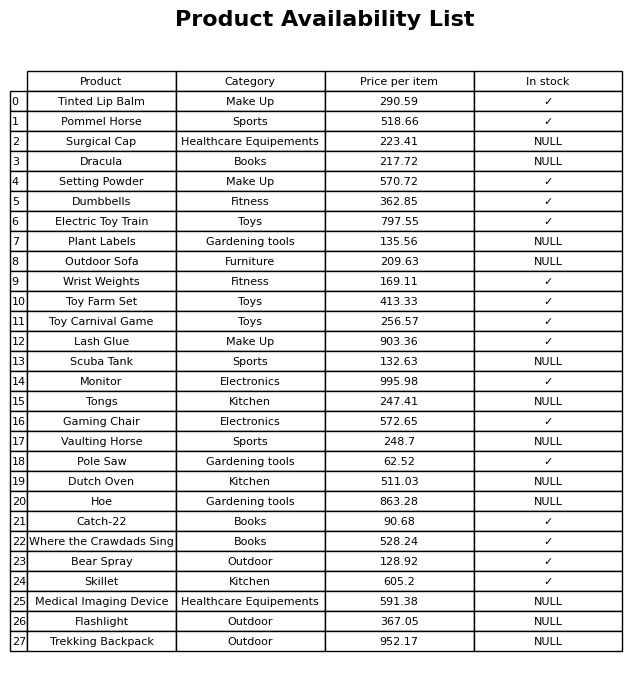
question: What is the price of the Catch-22?
answer: The price of Catch-22 is 90.68.